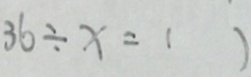
3 6 \div x = ( )